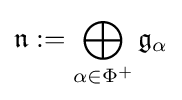
{\mathfrak {n}}:=\bigoplus _{\alpha \in \Phi ^{+}}{\mathfrak {g}}_{\alpha }